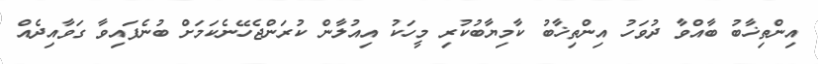
އިންތިޚާބު ބާއްވާ ދުވަހު އިންތިޚާބު ކާމިޔާބުކުރި މީހަކު އިއުލާން ކުރަންޖެހޭނެކަމަށް ބުނެފައިވާ ގަވާއިދެއް